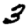
Digit: 3